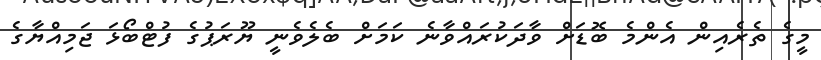
މީގެ ތެރެއިން އެންމެ ބޮޑަށް ވާދަކުރައްވާނެ ކަމަށް ބެލެވެނީ ޔޫރަޕުގެ ފުޓްބޯޅަ ޖަމިއްޔާގެ